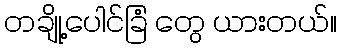
တချို့ပေါင်ခြံ တွေ ယားတယ်။